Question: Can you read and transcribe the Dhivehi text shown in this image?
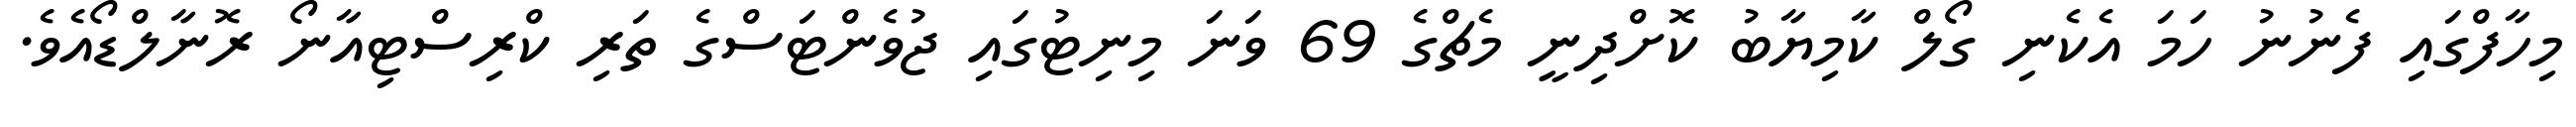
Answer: މިހާފްގައި ފެނުނު ހަމަ އެކެނި ގޯލް ކާމިޔާބު ކޮށްދިނީ މެޗްގެ 69 ވަނަ މިނިޓުގައި ޖުވެންޓަސްގެ ތަރި ކްރިސްޓިއާނޯ ރޮނާލްޑޯއެވެ.